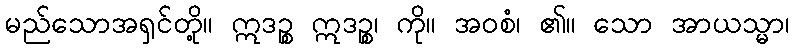
မည်သောအရှင်တို့။ ဣဒဉ္စ ဣဒဉ္စ၊ ကို။ အဝစံ၊ ၏။ သော အာယသ္မာ၊